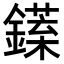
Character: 𨬘